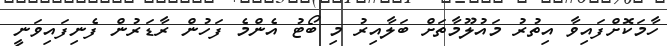
ހާމަކޮށްފައިވާ އިތުރު މައުލޫމާތަށް ބަލާއިރު މި ބޯޓު އެންމެ ފަހުން ރާޑަރުން ފެނިފައިވަނީ